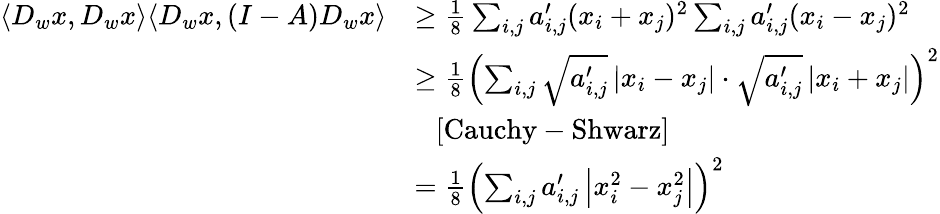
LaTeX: \begin{array}{rl}{\langle D_{w}x,D_{w}x\rangle\langle D_{w}x,(I-A)D_{w}x\rangle}&{\geq\frac{1}{8}\sum_{i,j}a_{i,j}^{\prime}(x_{i}+x_{j})^{2}\sum_{i,j}a_{i,j}^{\prime}(x_{i}-x_{j})^{2}}\\ &{\geq\frac{1}{8}\left(\sum_{i,j}\sqrt{a_{i,j}^{\prime}}\left|x_{i}-x_{j}\right|\cdot\sqrt{a_{i,j}^{\prime}}\left|x_{i}+x_{j}\right|\right)^{2}}\\ &{\ \ \ \mathrm{[Cauchy-Shwarz]}}\\ &{=\frac{1}{8}\left(\sum_{i,j}a_{i,j}^{\prime}\left|x_{i}^{2}-x_{j}^{2}\right|\right)^{2}}\end{array}